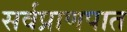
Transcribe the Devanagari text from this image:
सर्वप्राणपात